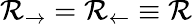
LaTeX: \mathcal{R}_{\rightarrow}=\mathcal{R}_{\leftarrow}\equiv\mathcal{R}